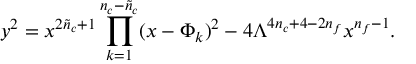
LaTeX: y ^ { 2 } = x ^ { 2 \tilde { n } _ { c } + 1 } \prod _ { k = 1 } ^ { n _ { c } - \tilde { n } _ { c } } ( x - \Phi _ { k } ) ^ { 2 } - 4 \Lambda ^ { 4 n _ { c } + 4 - 2 n _ { f } } x ^ { n _ { f } - 1 } .